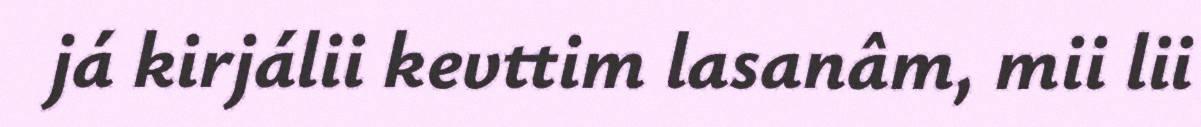
já kirjálii kevttim lasanâm, mii lii